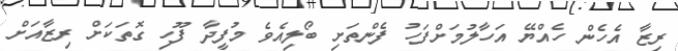
ރިޒާ އެހެން ހެއްޔޭ އަހާލުމަށްފަހު ފެންތަށި ބޯލިއެވެ މުފީދާ ފޫހި ގޮތަކަށް ރިޒާއަށް